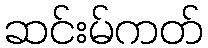
ဆင်းမ်ကတ်